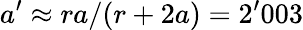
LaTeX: a^{\prime}\approx ra/(r+2a)=2^{\prime}003